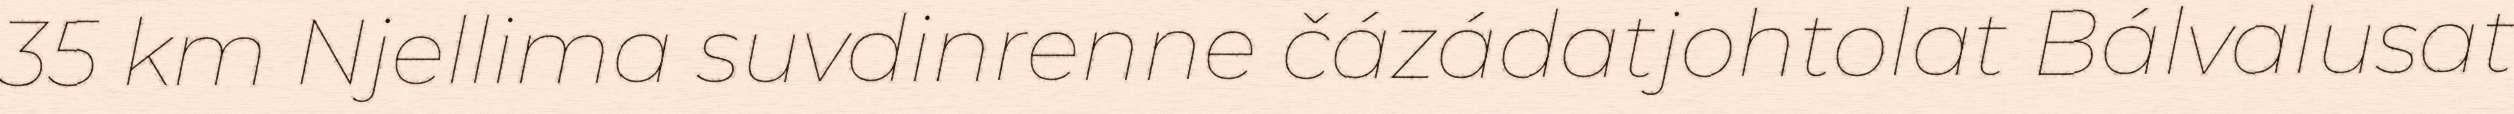
35 km Njellima suvdinrenne čázádatjohtolat Bálvalusat